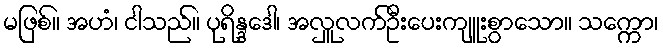
မဖြစ်။ အဟံ၊ ငါသည်။ ပုရိန္ဒဒေါ၊ အလှူလက်ဦးပေးကျူးစွာသော။ သက္ကော၊